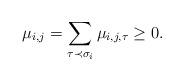
LaTeX: \begin{align*}\mu_{i,j} = \sum_{\tau \prec \sigma_i} \mu_{i,j, \tau} \geq 0. \end{align*}